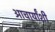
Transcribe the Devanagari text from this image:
आचार्यांशी